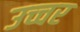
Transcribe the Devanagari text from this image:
उच्चर